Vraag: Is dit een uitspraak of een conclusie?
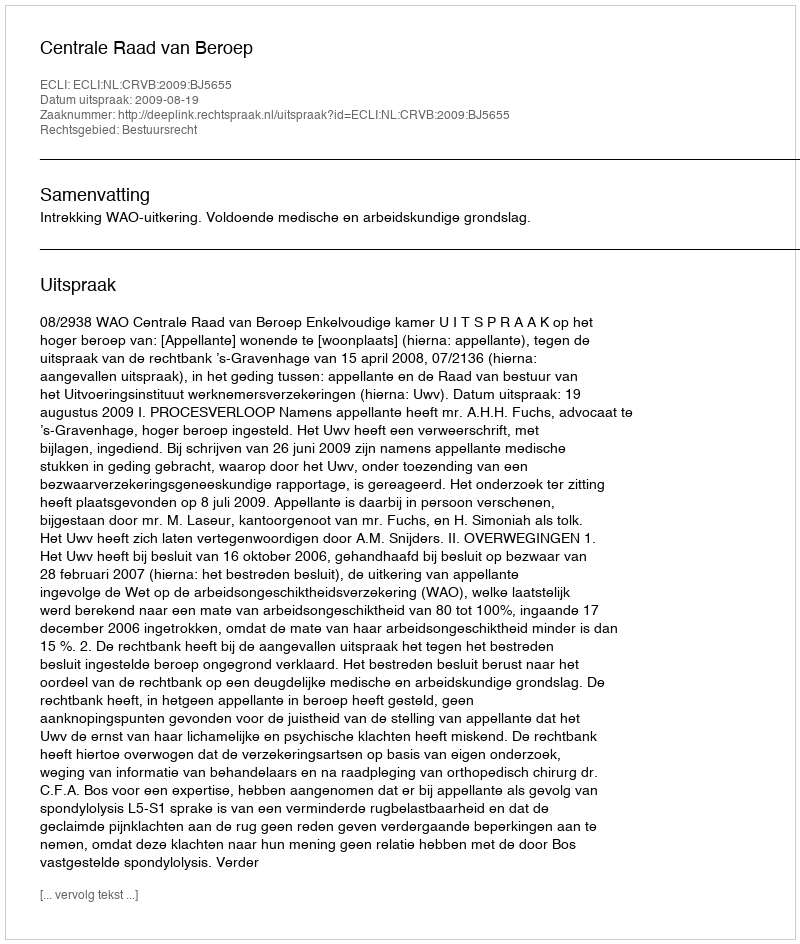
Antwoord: Uitspraak